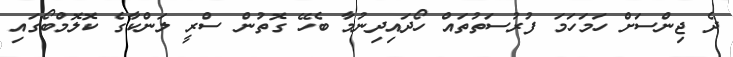
ދެ ޖިންސަށް ހަމަހަމަ ފުރުސަތުތައް ހޯދައިދިނުމާ ބެހޭ ގޮތުން ސްރީ ލަންކާގެ ކޮލޮމްބޯގައި